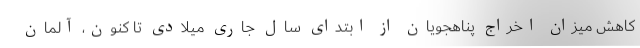
کاهش میزان اخراج پناهجویان از ابتدای سال جاری میلادی تا کنون، آلمان